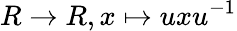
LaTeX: R\to R,x\mapsto uxu^{-1}